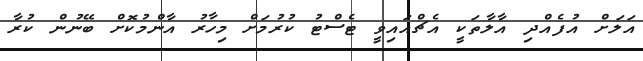
އަލަށް އުފެއްދި އާލާތަކީ އެޗްއައިވީ ޓެސްޓު ކުރުމަށް މިހާރު އާންމުކޮށް ބޭނުން ކުރާ